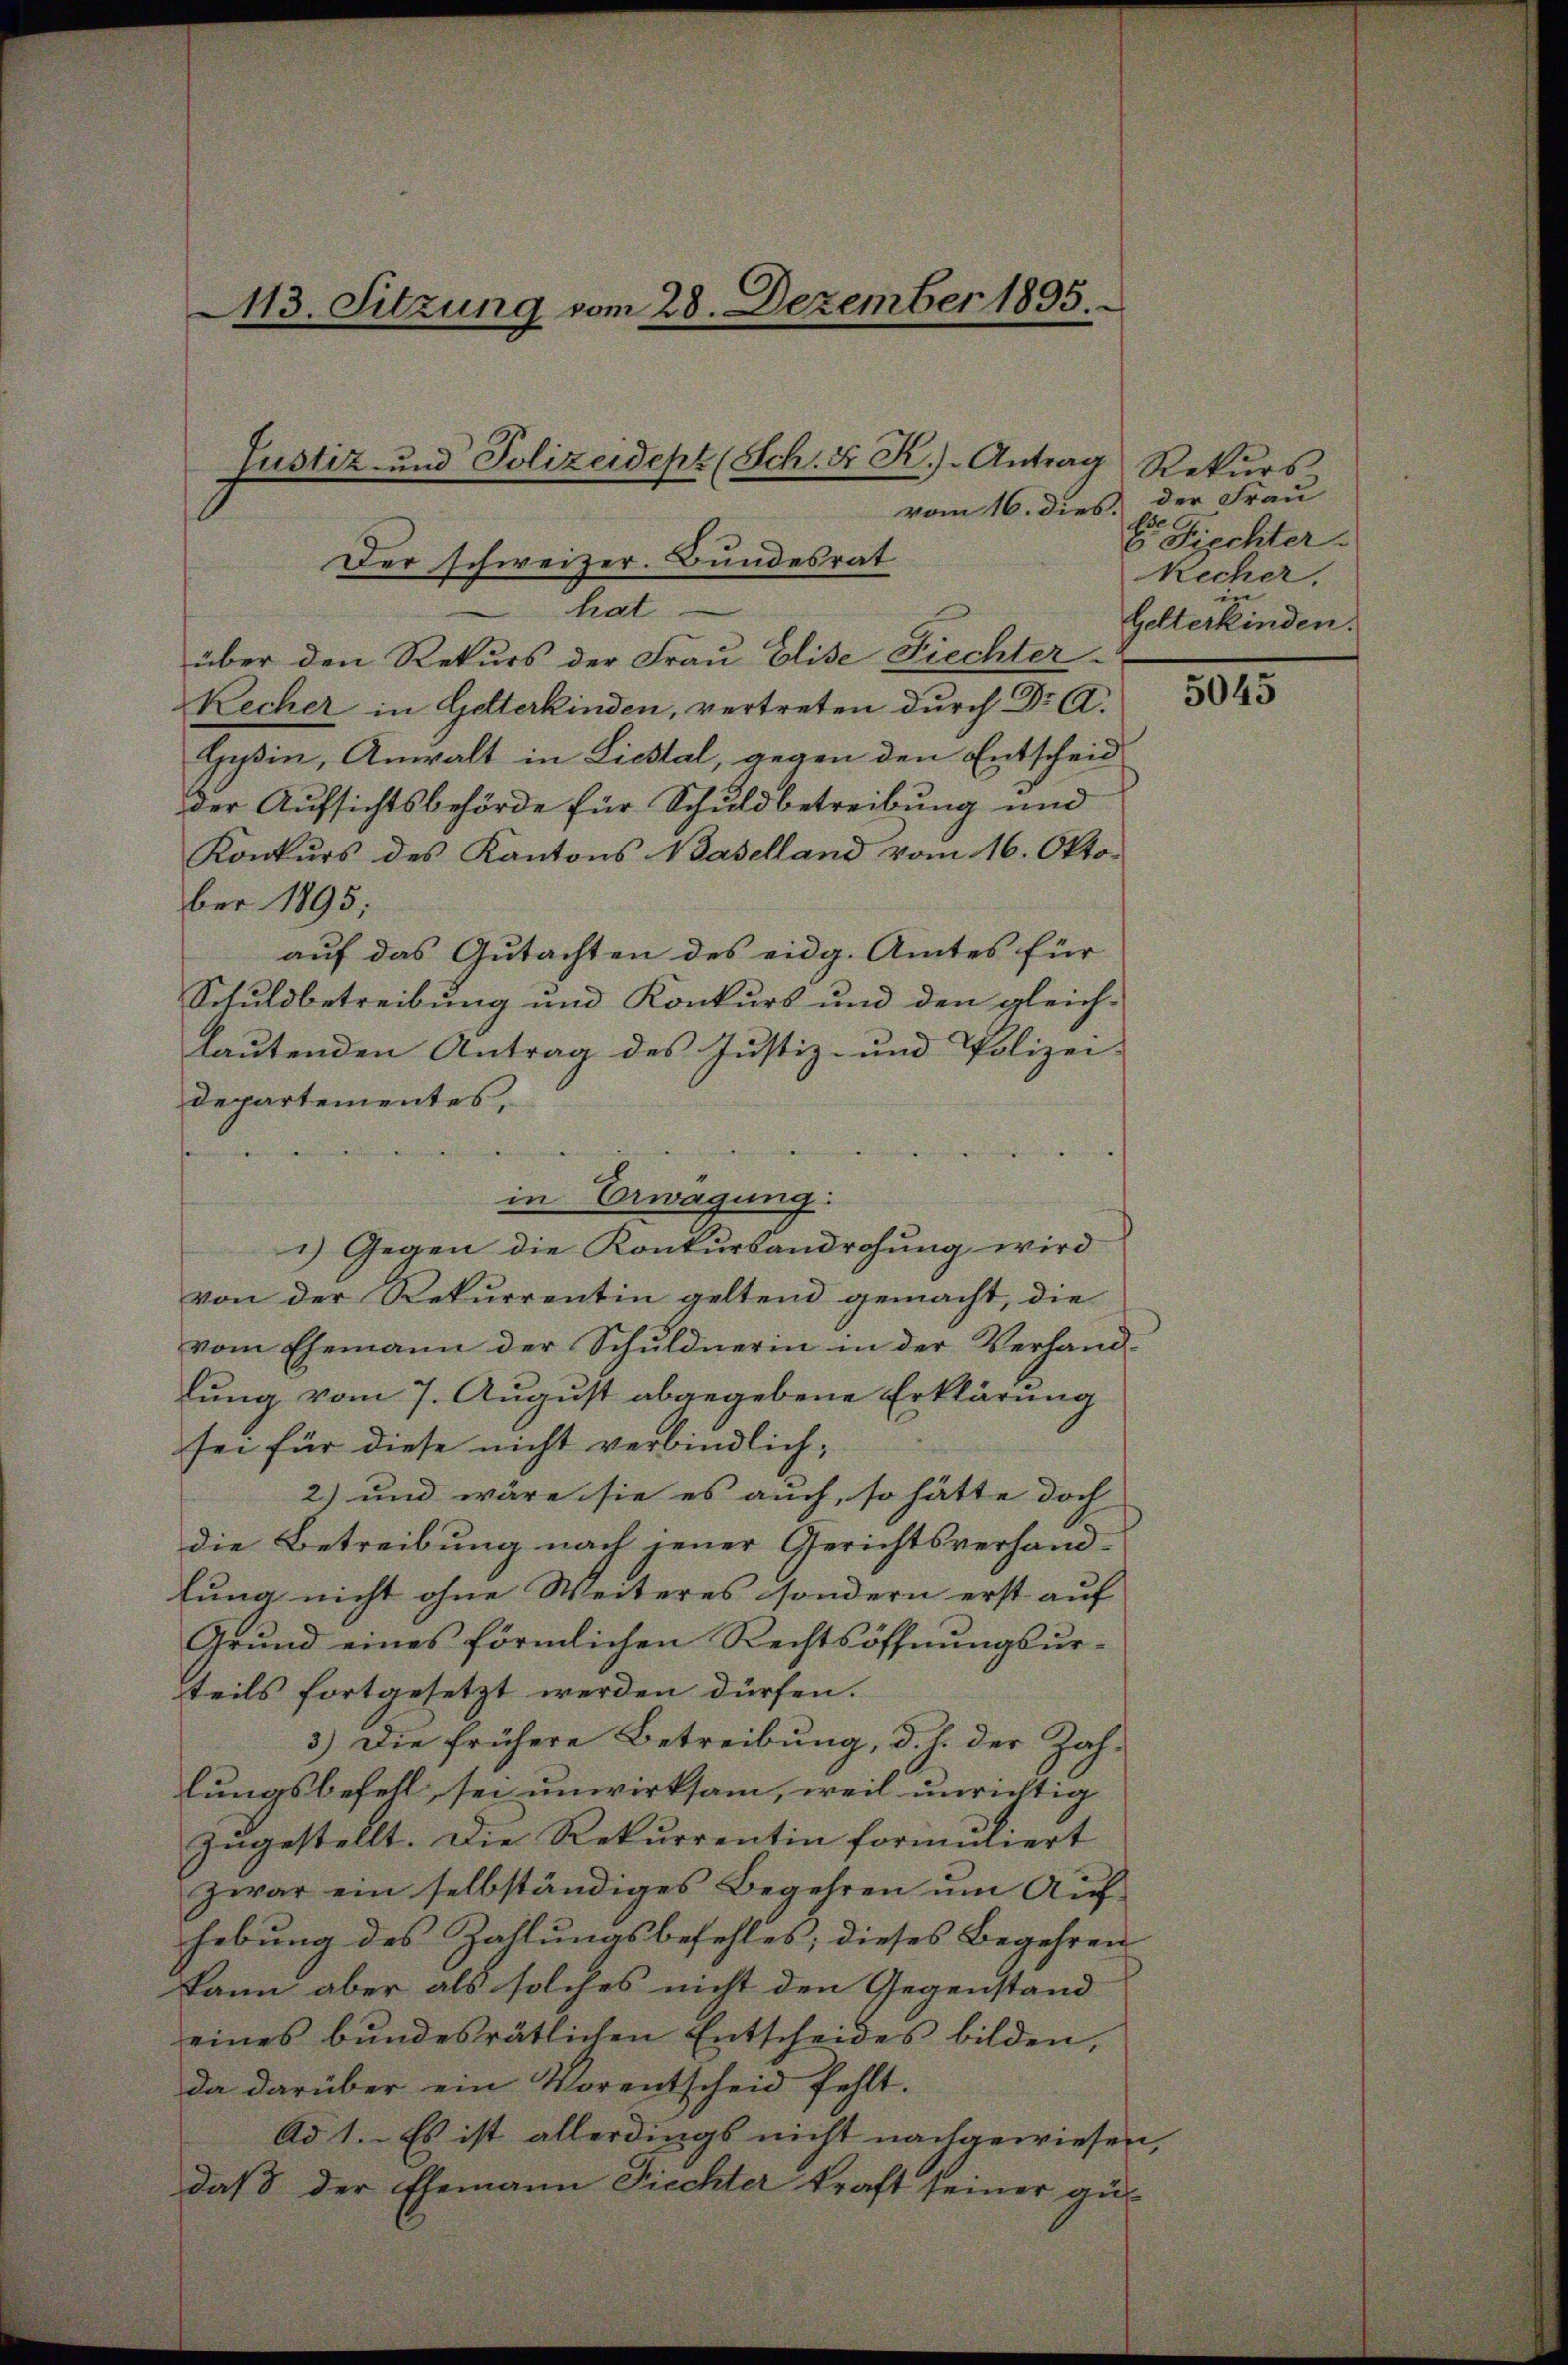
113. Sitzung vom 28. Dezember 1895.

über den Rekurs der Frau Elise Fiechter¬
Kecher in Gelterkinden, vertreten durch Dr A.
Gysin, Anwalt in Liestal, gegen den Entscheid
der Aufsichtsbehörde für Schuldbetreibung und
Konkurs des Kantons Baselland vom 16. Okto-
ber 1895;
auf das Gutachten des eidg. Amtes für
Schuldbetreibung und Konkurs und den gleich-
laŭtenden Antrag des Justiz- und Polizei-
Departementes,

.
1) Gegen die Konkursandrohung wird
von der Rekurrentin geltend gemacht, die
vom Ehemann der Schuldnerin in der Verhandlung vom 7. August abgegebene Erklärung
sei für diese nicht verbindlich;
2) und wäre sie es auch, so hätte doch
die Betreibung nach jener Gerichtsverhand-
lung nicht ohne Weiteres sondern erst auf
Grund eines förmlichen Rechtsöffnungsurteils fortgesetzt werden dürfen.
3.) Die frühere Betreibung, d. h. der Zahlungsbefell, sei unwirksam, weil unrichtig
zugestellt. Die Rekurrentin formuliert
zwar ein selbständiges Begehren um Aufhebung des Zahlungsbefehles; dieses Begehren
kann aber als solches nicht den Gegenstand
eines bŭndesrätlichen Entscheides bilden,
da darüber ein Vorentscheid fehlt.
Ad 1. Es ist allerdings nicht nachgewiesen,
daß der Ehemann Fiechter kraft seiner gü-

Justiz- und Polizeidept (Sch. S. R.) Antrag Rekŭrs-

Der schweizer. Bundesrat
hat

in Erwägung:

vom 16. dies der Frau
E. Fischter.
Recher.
Gelterkinden.

5045